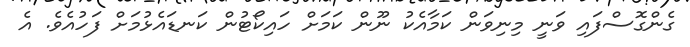
ގެންގޮސްފައި ވަނީ މިނިވަން ކަމާއެކު ނޫން ކަމަށް ހައިކޯޓުން ކަނޑައެޅުމަށް ފަހުއެވެ. އެ